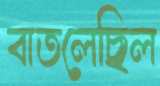
বাতলেছিল